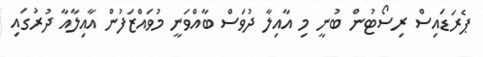
ޕެރަޑައިސް ރިސޯޓުން ބުނީ މި އާއިލާ ދުވަސް ބާއްވަނީ މުވައްޒަފުން އާއިލާއާ ދުރުގައި